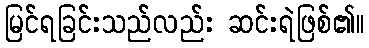
မြင်ရခြင်းသည်လည်း ဆင်းရဲဖြစ်၏။